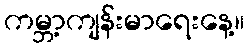
ကမ္ဘာ့ကျန်းမာရေးနေ့။